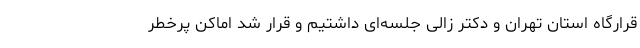
قرارگاه استان تهران و دکتر زالی جلسه‌ای داشتیم و قرار شد اماکن پرخطر